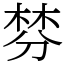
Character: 棼